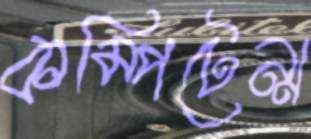
কম্পিটেন্স